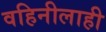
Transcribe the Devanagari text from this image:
वहिनीलाही